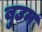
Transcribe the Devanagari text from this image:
बुउम